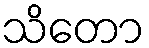
သိတော